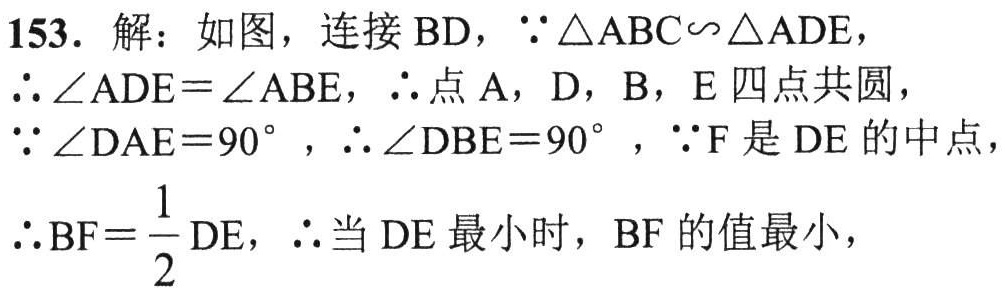
153. 解：如图，连接 \(BD\)，\(\because\triangle ABC\backsim\triangle ADE\)，
\(\therefore\angle ADE = \angle ABE\)，\(\therefore\)点 \(A\)，\(D\)，\(B\)，\(E\) 四点共圆，
\(\because\angle DAE = 90^{\circ}\)，\(\therefore\angle DBE = 90^{\circ}\)，\(\because F\) 是 \(DE\) 的中点，
\(\therefore BF=\dfrac{1}{2}DE\)，\(\therefore\)当 \(DE\) 最小时，\(BF\) 的值最小，